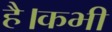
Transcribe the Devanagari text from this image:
है।कभी